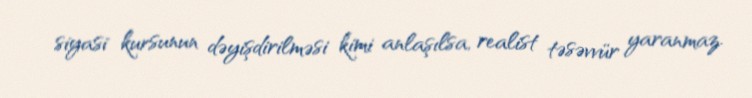
siyasi kursunun dəyişdirilməsi kimi anlaşılsa, realist təsəvvür yaranmaz.